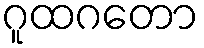
ဂူထဂတော